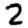
Digit: 2